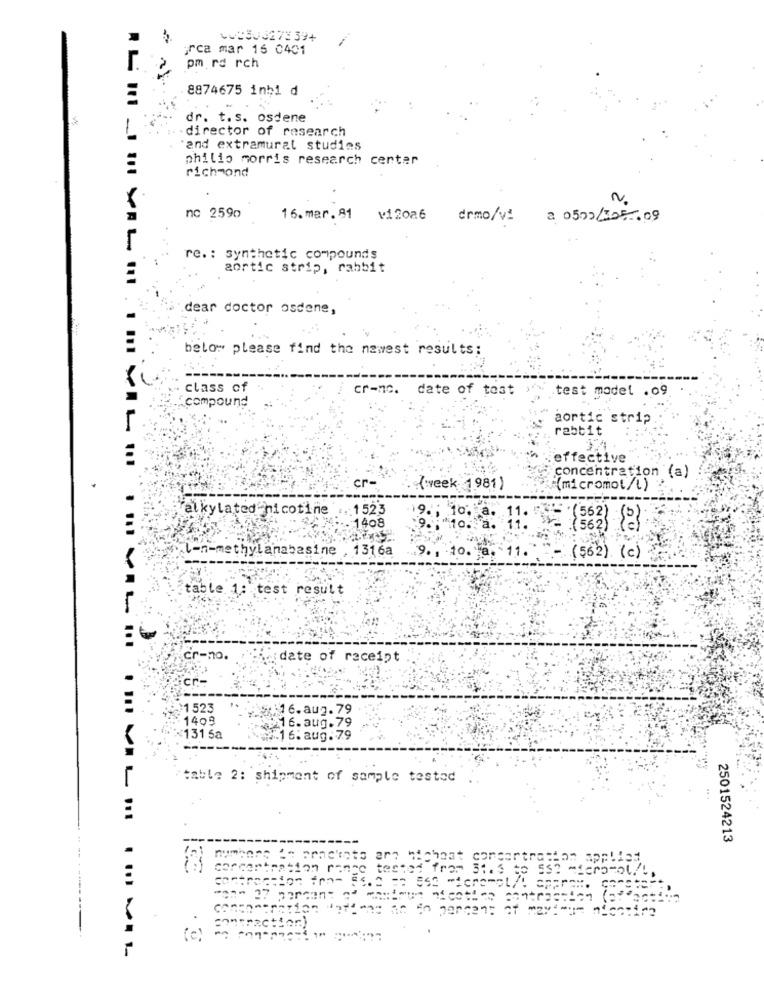
=== 303273 39+
orca mar 16 0401
pm ra rch
8874675 inbi d
dr. t.s. osdene
-director of research
and extramural studies
philip morris research center
richmond
No
nc 2590
16.mar.81
vi2026
drmo/v!
2 05/02/205 . 09
re .: synthetic compounds
aortic strip, rabbit
dear doctor osdene,
below please find the newest results:
class of
cr-nc. date of tost ,
test model .09
compound
aortic strip
rabbit
effective
concentration (a)
cr-
(week- 1981)
(micromol/l)
Falkylated nicotine
. 1523
9 .:
10.
"(562)
1408
.(562)
-n-methylanabasine , 1316a
(562).
(c)
table 1: test result
. ......
cr-no.
date of receipt
cr-
1 523
16. aug. 79
1409
16.aug.79
131 5a
16.aug. 79
table 2: shipment of sample tested
2501524213
mac++om
(c)
.......